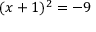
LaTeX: ( x + 1 ) ^ { 2 } = - 9